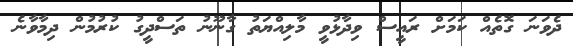
ދެވަނަ ގޮތެއް ކަމަށް ރައީސް ވިދާޅުވީ މާލިއްޔަތު ގާނޫނު ތަސްދީގު ކުރުމުން ދިމާވާނެ